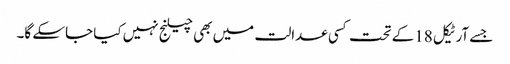
جسے آرٹیکل 18کے تحت کسی عدالت میں بھی چیلنج نہیں کیا جاسکے گا۔